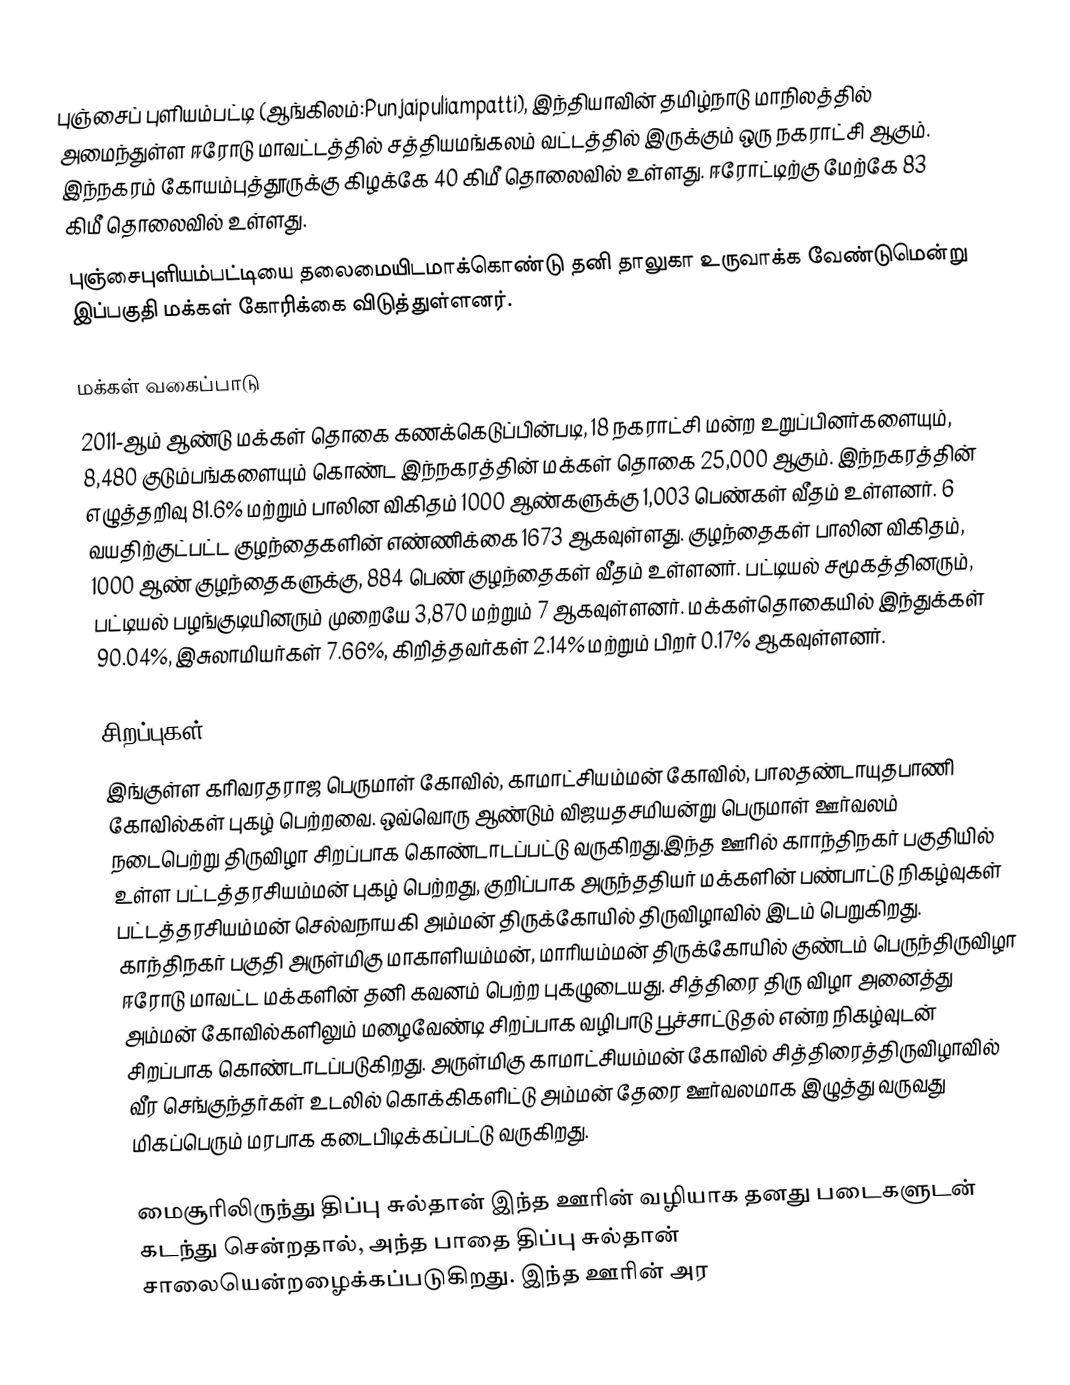
புஞ்சைப் புளியம்பட்டி (ஆங்கிலம்:Punjaipuliampatti), இந்தியாவின் தமிழ்நாடு மாநிலத்தில் அமைந்துள்ள ஈரோடு மாவட்டத்தில் சத்தியமங்கலம் வட்டத்தில் இருக்கும் ஒரு நகராட்சி ஆகும். இந்நகரம் கோயம்புத்தூருக்கு கிழக்கே  40 கிமீ தொலைவில் உள்ளது. ஈரோட்டிற்கு மேற்கே 83 கிமீ தொலைவில் உள்ளது.
புஞ்சைபுளியம்பட்டியை தலைமையிடமாக்கொண்டு தனி தாலுகா உருவாக்க வேண்டுமென்று இப்பகுதி மக்கள் கோரிக்கை விடுத்துள்ளனர்.

மக்கள் வகைப்பாடு
2011-ஆம் ஆண்டு மக்கள் தொகை கணக்கெடுப்பின்படி, 18 நகராட்சி மன்ற உறுப்பினர்களையும், 8,480 குடும்பங்களையும் கொண்ட இந்நகரத்தின் மக்கள் தொகை 25,000  ஆகும். இந்நகரத்தின் எழுத்தறிவு 81.6%  மற்றும் பாலின விகிதம் 1000 ஆண்களுக்கு 1,003 பெண்கள் வீதம் உள்ளனர். 6 வயதிற்குட்பட்ட குழந்தைகளின் எண்ணிக்கை 1673 ஆகவுள்ளது. குழந்தைகள் பாலின விகிதம், 1000 ஆண் குழந்தைகளுக்கு, 884  பெண் குழந்தைகள் வீதம் உள்ளனர். பட்டியல் சமூகத்தினரும், பட்டியல் பழங்குடியினரும் முறையே 3,870 மற்றும் 7 ஆகவுள்ளனர். மக்கள்தொகையில் இந்துக்கள் 90.04%, இசுலாமியர்கள் 7.66%, கிறித்தவர்கள் 2.14% மற்றும் பிறர் 0.17% ஆகவுள்ளனர்.

சிறப்புகள்
இங்குள்ள கரிவரதராஜ பெருமாள் கோவில், காமாட்சியம்மன் கோவில், பாலதண்டாயுதபாணி கோவில்கள் புகழ் பெற்றவை. ஒவ்வொரு ஆண்டும் விஜயதசமியன்று பெருமாள் ஊர்வலம் நடைபெற்று திருவிழா சிறப்பாக கொண்டாடப்பட்டு  வருகிறது.இந்த ஊரில் காாந்திநகர் பகுதியில் உள்ள பட்டத்தரசியம்மன் புகழ் பெற்றது, குறிப்பாக அருந்ததியர் மக்களின் பண்பாட்டு நிகழ்வுகள் பட்டத்தரசியம்மன் செல்வநாயகி அம்மன் திருக்கோயில் திருவிழாவில் இடம் பெறுகிறது. காந்திநகர் பகுதி அருள்மிகு மாகாளியம்மன், மாரியம்மன் திருக்கோயில் குண்டம் பெருந்திருவிழா ஈரோடு மாவட்ட மக்களின் தனி கவனம் பெற்ற புகழுடையது. சித்திரை திரு விழா அனைத்து அம்மன் கோவில்களிலும் மழைவேண்டி சிறப்பாக வழிபாடு பூச்சாட்டுதல் என்ற நிகழ்வுடன் சிறப்பாக கொண்டாடப்படுகிறது. அருள்மிகு காமாட்சியம்மன் கோவில் சித்திரைத்திருவிழாவில் வீர செங்குந்தர்கள் உடலில் கொக்கிகளிட்டு அம்மன் தேரை ஊர்வலமாக இழுத்து வருவது மிகப்பெரும் மரபாக கடைபிடிக்கப்பட்டு வருகிறது.

மைசூரிலிருந்து திப்பு சுல்தான் இந்த ஊரின் வழியாக தனது படைகளுடன் கடந்து சென்றதால், அந்த பாதை திப்பு சுல்தான் சாலையென்றழைக்கப்படுகிறது. இந்த ஊரின் அர